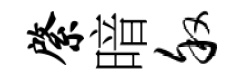
綮暗叙